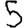
Digit: 5